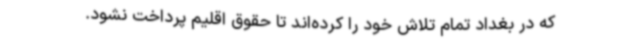
که در بغداد تمام تلاش خود را کرده‌اند تا حقوق اقلیم پرداخت نشود.